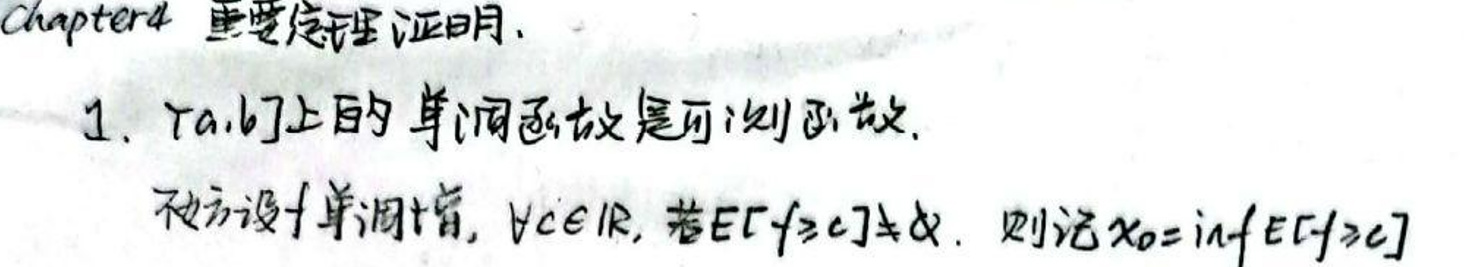
4 重要定理证明

1. $[a,b]$上的单调函数是可积函数.

不妨设$f$单调增, $\forall \epsilon > 0$, 若$E[f \geq c] \neq \varnothing$, 则记$x_0 = \inf E[f \geq c]$